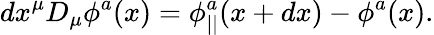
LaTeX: dx^{\mu}D_{\mu}\phi^{a}(x)=\phi_{||}^{a}(x+dx)-\phi^{a}(x).